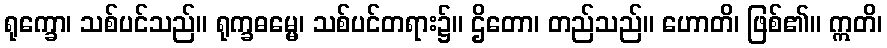
ရုက္ခော၊ သစ်ပင်သည်။ ရုက္ခဓမ္မေ၊ သစ်ပင်တရား၌။ ဌိတော၊ တည်သည်။ ဟောတိ၊ ဖြစ်၏။ ဣတိ၊